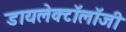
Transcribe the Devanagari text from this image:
डायलेक्टॉलॉजी